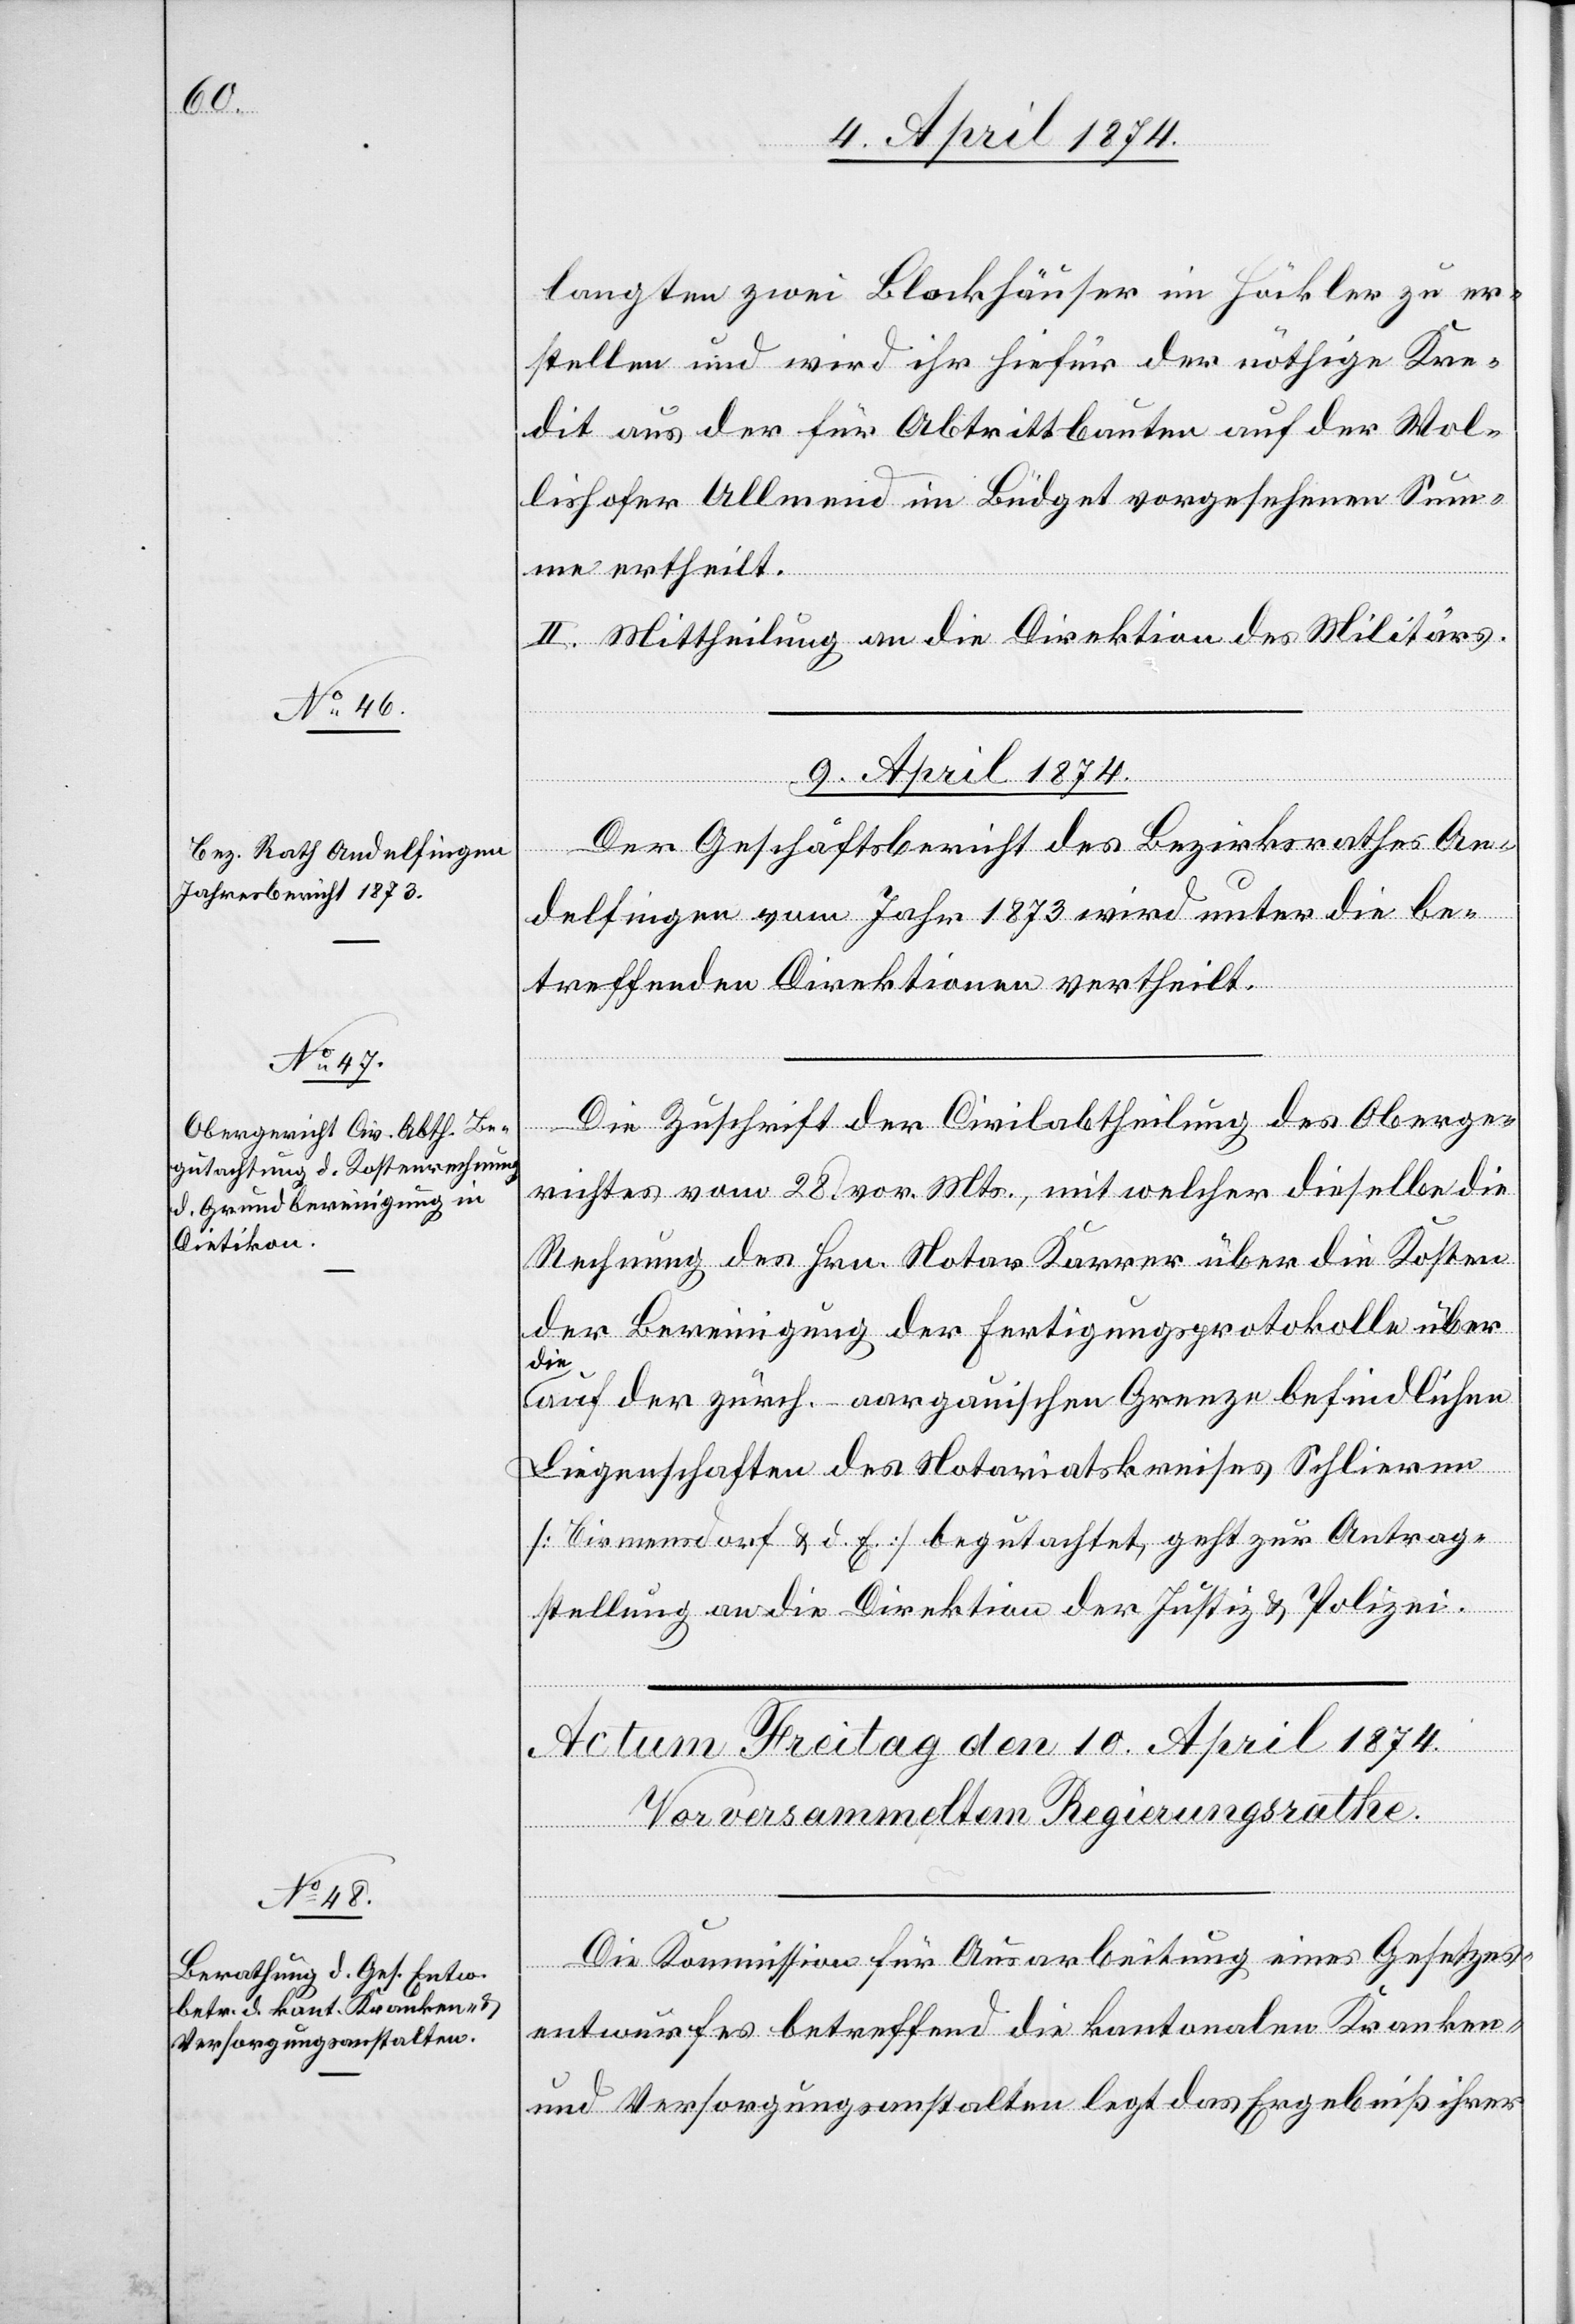
langten zwei Blockhäuser im Höckler zu er¬
stellen und wird ihr hiefür der nöthige Kre¬
dit aus der für Abtrittbauten auf der Wol¬
lishofer Allmend im Büdget vorgesehenen Sum¬
me ertheilt.
II. Mittheilung an die Direktion des Militärs.
9. April 1874.]
Der Geschäftsbericht des Bezirksrathes An¬
delfingen vom Jahr 1873 wird unter die be¬
treffenden Direktionen vertheilt.
Die Zuschrift der Civilabtheilung des Oberge¬
richtes vom 28. vor. Mts., mit welcher dieselbe der
Rechnung des Hrn. Notar Karrer über die Kosten
der Bereinigung der Fertigungsprotokolle über
die
auf der zürch.-aargauischen Grenze befindlichen
Liegenschaften des Notariatskreises Schlieren
[Birmensdorf u. d. E.] begutachtet geht zur Antrag¬
stellung an die Direktion der Justiz- u. Polizei.
Die Kommission für Ausarbeitung eines Gesetzes¬
entwurfes betreffend die kantonalen Kranken-
und Versorgungsanstalten legt das Ergebniß ihrer